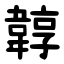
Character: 韕